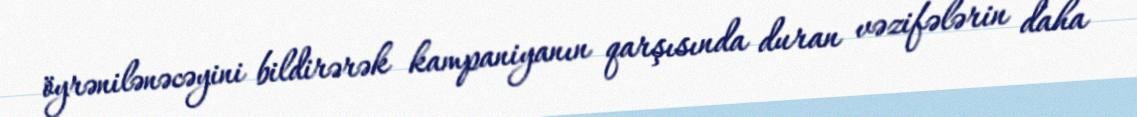
öyrənilənəcəyini bildirərək kampaniyanın qarşısında duran vəzifələrin daha